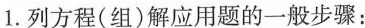
1.列方程(组)解应用题的一般步骤：